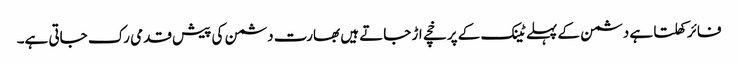
فائر کھلتا ہے دشمن کے پہلے ٹینک کے پرخچے اڑ جاتے ہیں بھارت دشمن کی پیش قدمی رک جاتی ہے۔